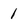
Character: 1